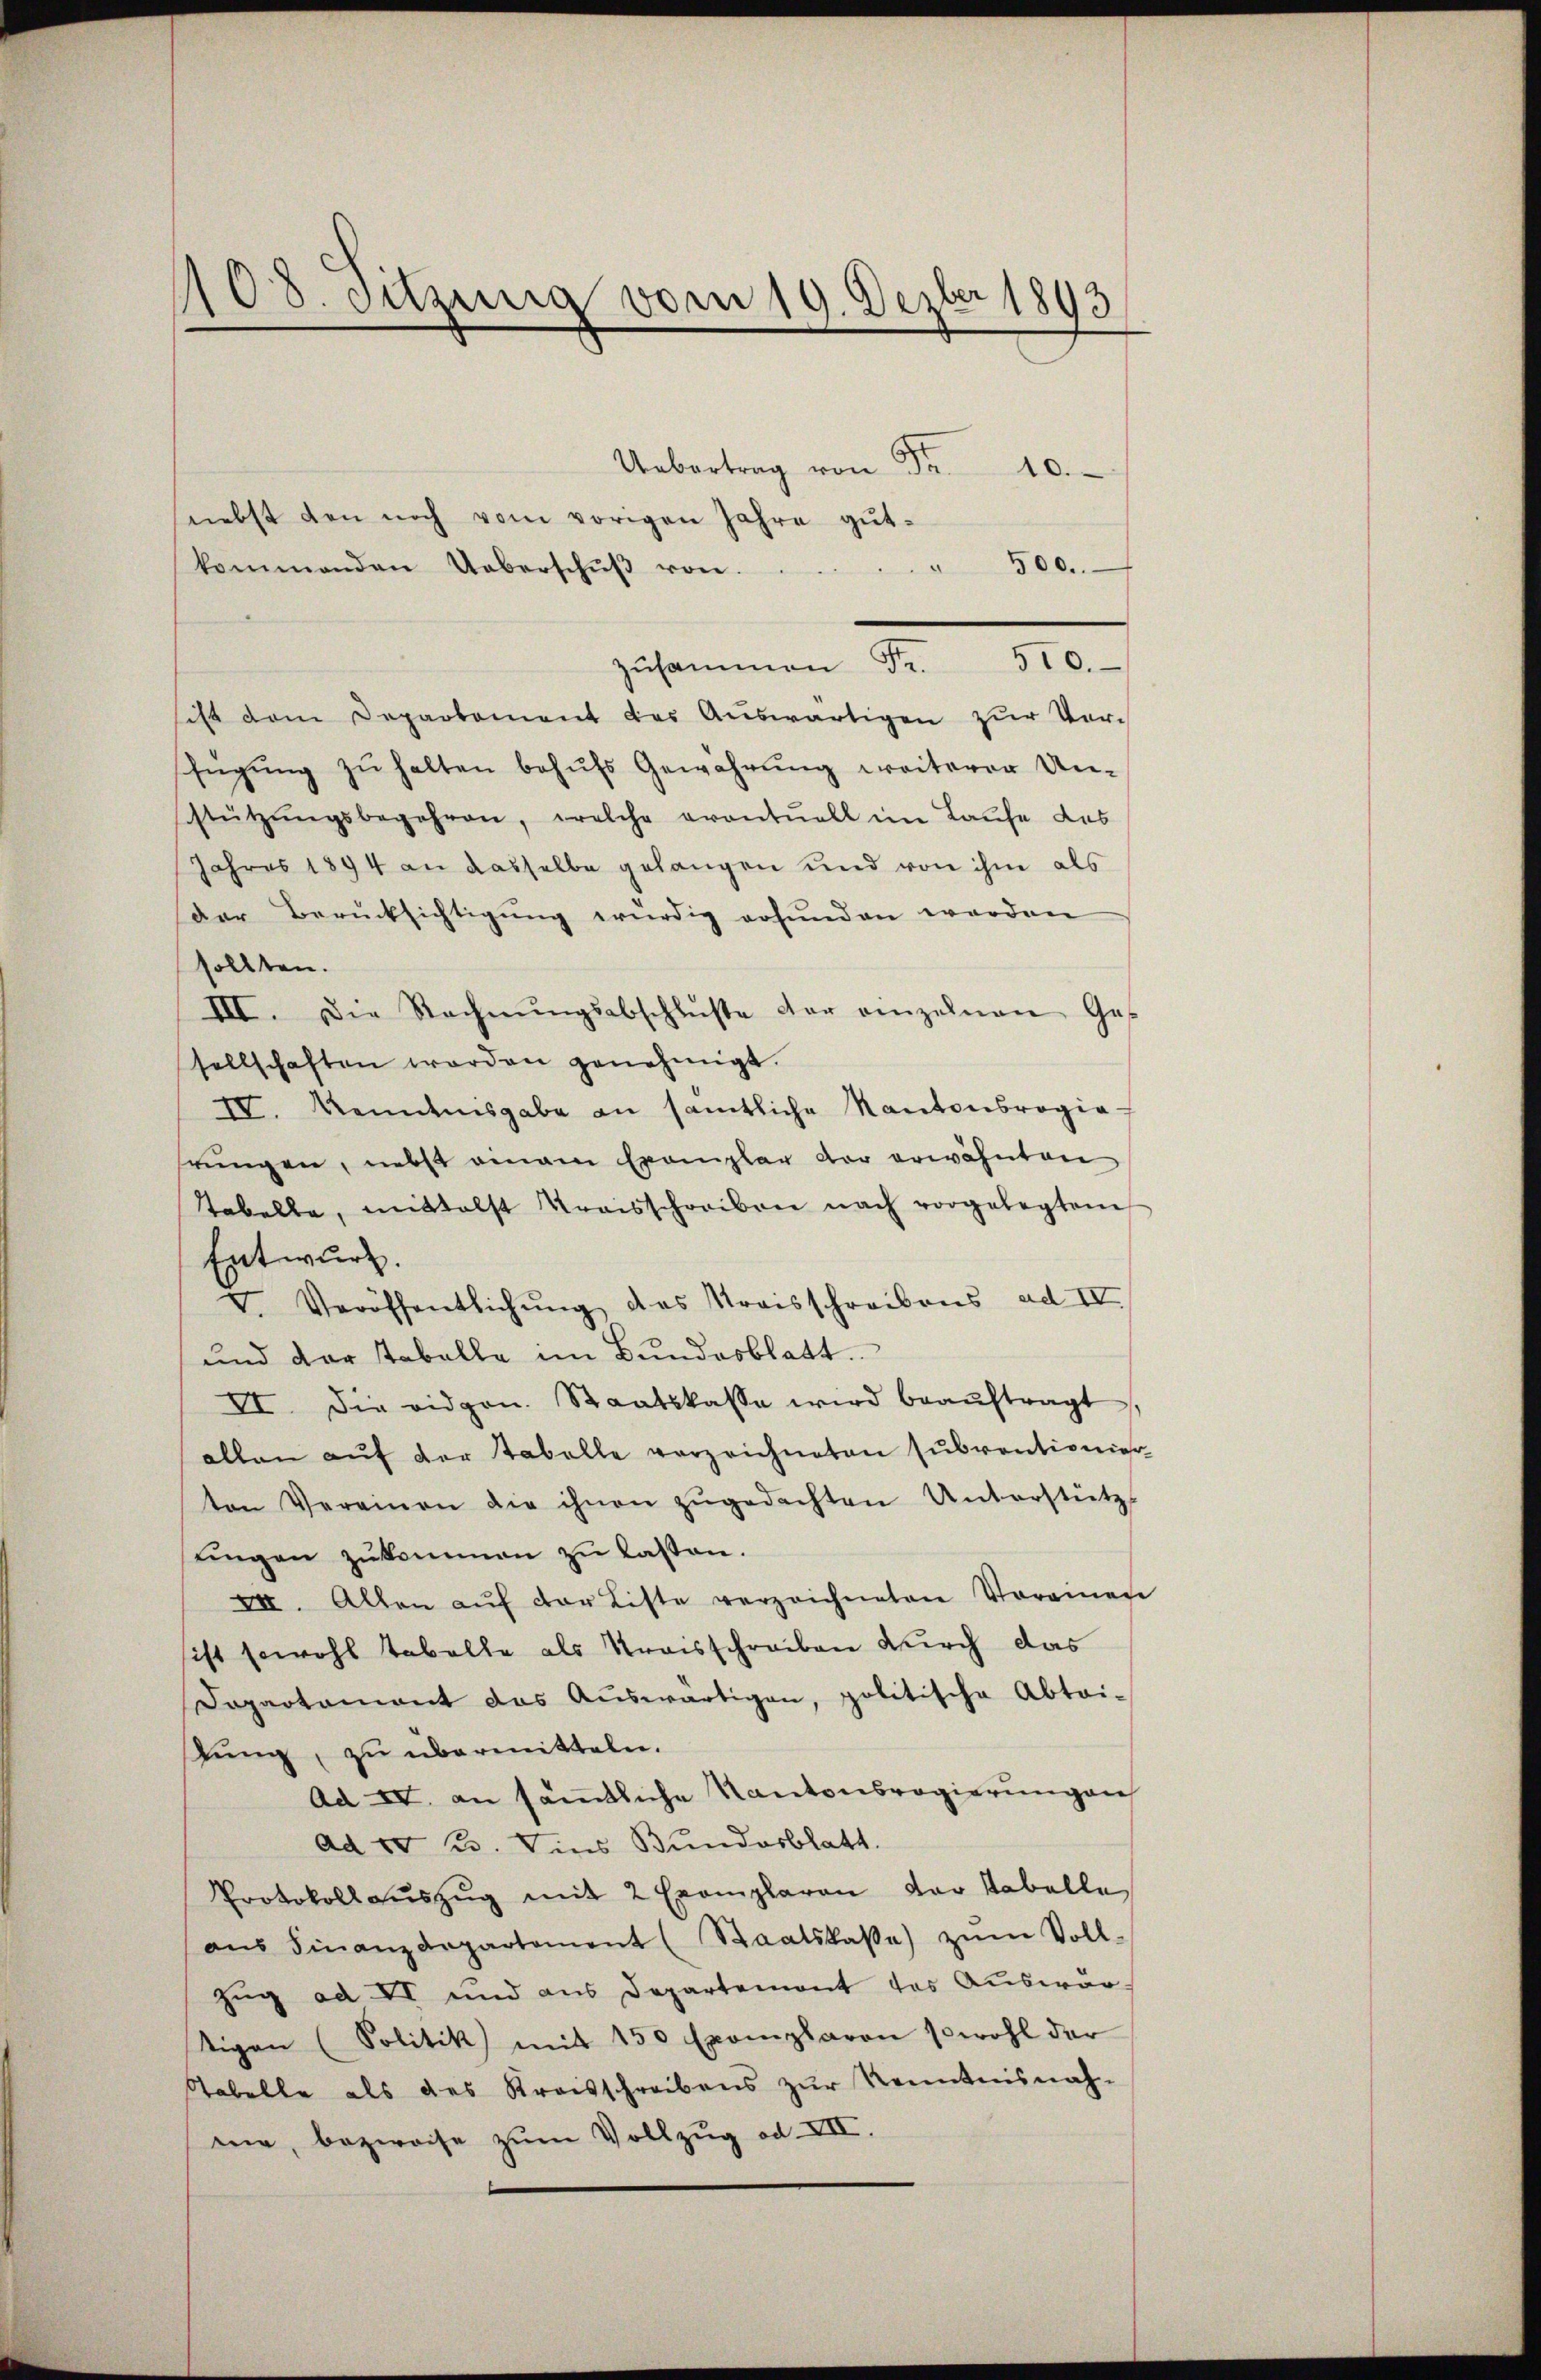
1108. Sitzung vom 19. Dezbr 1893

kommenden Ueberschŭβ von.

0
nebst den noch vom vorigen Jahre gut¬
" 500.
ist dem Departement des Auswärtigen zŭr Vor-
fügŭng zŭ halten behŭfs Gewahrŭng weiterer Un-
stützŭngsbegehren, welche eventuell im Laufe des
Jahres 1894 an dasselbe gelangen und von ihm als
der Berücksichtigŭng würdig erfunden worden
sollten.
III. Die Rechnŭngsabschluße der einzelnen Ges
sellschaften worden genehmigt.
IV. Kenntnisgabe an sämtliche Kantonsrogia-
rŭngen, nebst eingen Exemplar der erwähnten
Tabelbe, mittelst Kraisschreiben nach vorgelegtem
Entwurf.
V. Veröffentlichŭng des Kraisschreibens ad IV
und der Tabelle im Bundesblatt.
VI. Die vidgen. Staatskasse wird beaŭftragt
allen auf der Tabelle verzeichneten subventionier
ten Vereinen die ihnen zŭgedachten Unterstützt
tingen zŭkommen zŭ lassen.
VII. Allen aŭf der Liste verzeichneten Storeinen
ist sowohl tabelle als Kraisschreiben durch das
Dopartament das Aŭswärtigen, politische Abtei-
tung, zu übermitteln.
Ad IV. an sämtliche Kantonsregierungen
ad No 23. Dies Bundesblatt.
Protokoll aŭszŭg mit 2 Exemplaren der Stabelle
aŭs Finanzdepartement (Staatskaβe) zŭm Voll-
zug ad VI und aus Departemont des Auswar-
tigen (Politik mit 150 Exemplaren sowohl der
Tabelle als des Kreisschreibens zŭr Kenntnisnah-
mie, bezweife zum Vollzug ad XII.

zŭsammen Fr. 510.